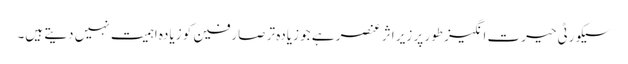
سیکورٹی حیرت انگیز طور پر زیر اثر عنصر ہے جو زیادہ تر صارفین کو زیادہ اہمیت نہیں دیتے ہیں۔